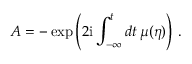
A = - \exp \left( 2 \mathrm { i } \int _ { - \infty } ^ { t } d t \, \mu ( \eta ) \right) \, .